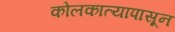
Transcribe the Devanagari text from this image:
कोलकात्यापासून